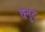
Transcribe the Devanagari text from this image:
क्नुट्